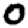
Digit: 0